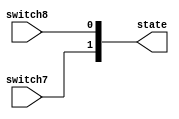
module state_switcher (
    input switch7, input switch8, 
    output reg[1:0] state
);

always@(*) begin
    state = {switch7, switch8};
end

endmodule